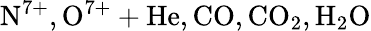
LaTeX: \mathrm{N^{7+},O^{7+}+He,CO,CO_{2},H_{2}O}